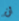
أن